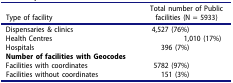
| Type of facility | Total number of Public facilities (N = 5933) |
 | --- | --- |
 | Dispensaries & clinics | 4,527 (76%) |
 | Health Centres | 1,010 (17%) |
 | Hospitals | 396 (7%) |
 | Number of facilities with Geocodes |  |
 | Facilities with coordinates | 5782 (97%) |
 | Facilities without coordinates | 151 (3%) |